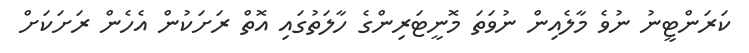
ކަރަންޓީނު ނުވެ މާލެއިން ނުވަތަ މޮނީޓަރިންގެ ހާލަތުގައި އޮތް ރަށަކުން އެހެން ރަށަކަށް